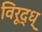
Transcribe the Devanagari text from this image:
विरूद्ध्